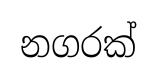
නගරක්